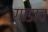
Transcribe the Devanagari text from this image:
गाडाव